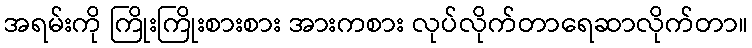
အရမ်းကို ကြိုးကြိုးစားစား အားကစား လုပ်လိုက်တာရေဆာလိုက်တာ။